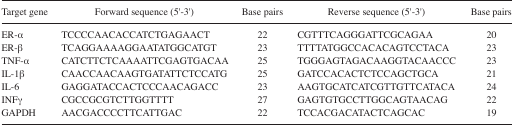
<table><thead><tr><td><b>Target gene</b></td><td><b>Forward sequence (5′–3′)</b></td><td><b>Base pairs</b></td><td><b>Reverse sequence (5′–3′)</b></td><td><b>Base pairs</b></td></tr></thead><tbody><tr><td>ER-α</td><td>TCCCCAACACCATCTGAGAACT</td><td>22</td><td>CGTTTCAGGGATTCGCAGAA</td><td>20</td></tr><tr><td>ER-β</td><td>TCAGGAAAAGGAATATGGCATGT</td><td>23</td><td>TTTTATGGCCACACAGTCCTACA</td><td>23</td></tr><tr><td>TNF-α</td><td>CATCTTCTCAAAATTCGAGTGACAA</td><td>25</td><td>TGGGAGTAGACAAGGTACAACCC</td><td>23</td></tr><tr><td>IL-1β</td><td>CAACCAACAAGTGATATTCTCCATG</td><td>25</td><td>GATCCACACTCTCCAGCTGCA</td><td>21</td></tr><tr><td>IL-6</td><td>GAGGATACCACTCCCAACAGACC</td><td>23</td><td>AAGTGCATCATCGTTGTTCATACA</td><td>24</td></tr><tr><td>INFγ</td><td>CGCCGCGTCTTGGTTTT</td><td>27</td><td>GAGTGTGCCTTGGCAGTAACAG</td><td>22</td></tr><tr><td>GAPDH</td><td>AACGACCCCTTCATTGAC</td><td>22</td><td>TCCACGACATACTCAGCAC</td><td>19</td></tr></tbody></table>